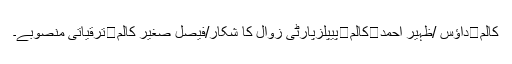
کالم	داؤس /ظہیر احمد	کالم	پیپلزپارٹی زوال کا شکار/فیصل صغیر کالم	ترقیاتی منصوبے۔